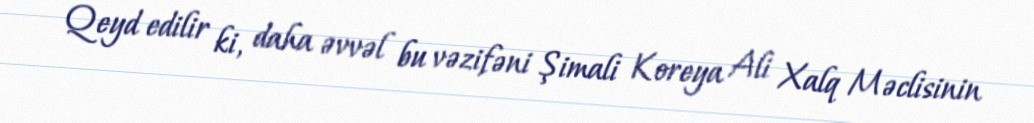
Qeyd edilir ki, daha əvvəl bu vəzifəni Şimali Koreya Ali Xalq Məclisinin